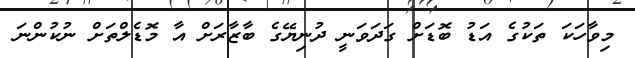
މިވާހަކަ ތަކުގެ އަޑު ބޮޑަށް ގަދަވަނީ ދުނިޔޭގެ ބާޒާރަށް އާ މޮޑެލްތަށް ނުކުންނަ